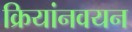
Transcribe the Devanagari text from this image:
क्रियांनवयन